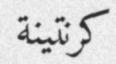
كرنتينة